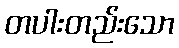
တပါးတည်းသော